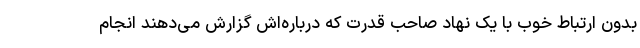
بدون ارتباط خوب با یک نهاد صاحب قدرت که درباره‌اش گزارش می‌دهند انجام